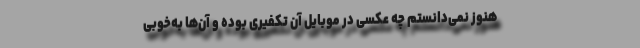
هنوز نمی‌دانستم چه عکسی در موبایل آن تکفیری بوده و آن‌ها به‌خوبی